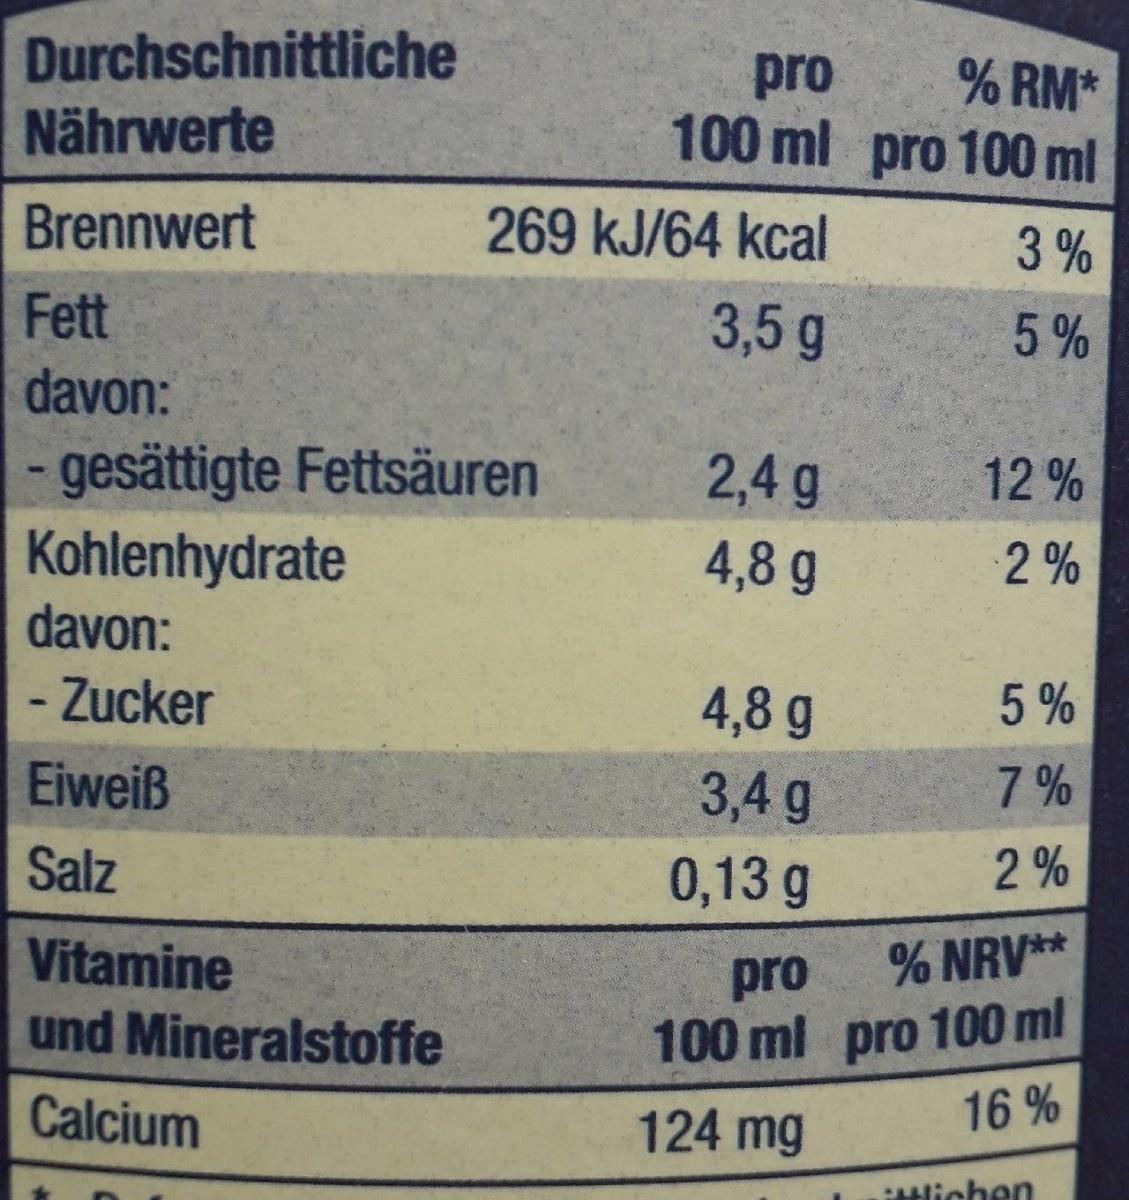
Durchschnittliche Nährwerte
pro 100 ml pro 100 ml
% RM*
Brennwert
269 kJ/64 kcal
3%
Fett
3,5g
5%
davon:
- gesättigte Fettsäuren Kohlenhydrate davon:
2,4 g
12 %
4,8 g
2%
- Zucker
4,8 g
5 %
Eiweiß
3,4 g
7%
Salz
0,13 g
2 %
Vitamine
pro
% NRV**
und Mineralstoffe
100 ml pro 100 ml
Calcium
124 mg
16 %
Alichen